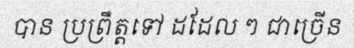
បាន ប្រព្រឹត្តទៅ ដដែល ៗ ជាច្រើន